Scottish Leaving Certificate Examination, 1960
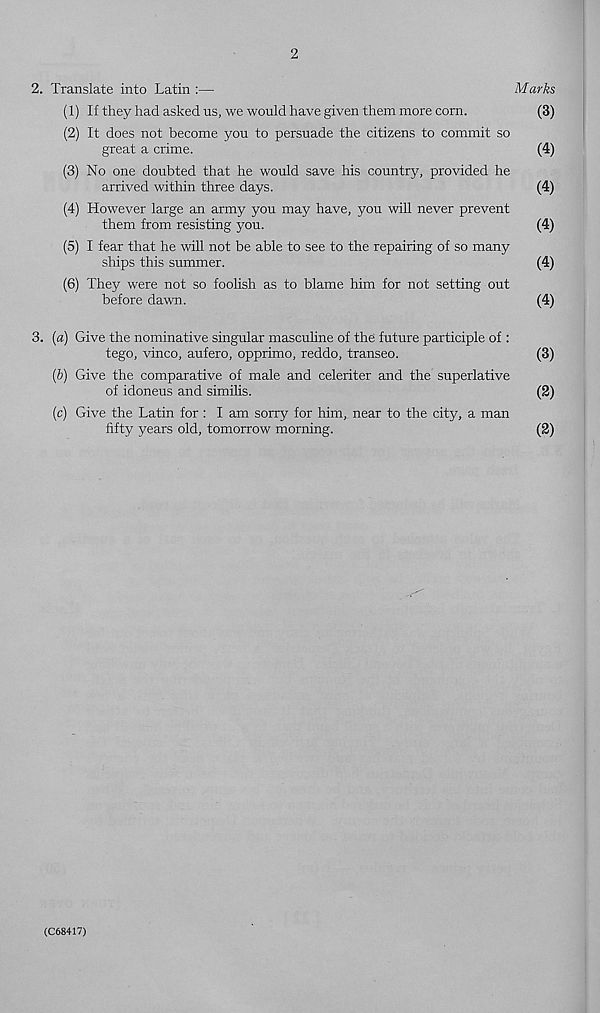
2
2. Translate into Latin :—
Marks
(1) If they had asked ns, we would have given them more corn.
(3)
(2) It does not become you to persuade the citizens to commit so
great a crime.
(4)
(3) No one doubted that he would save his country, provided he
arrived within three days.
(4)
(4) However large an army you may have, you will never prevent
them from resisting you.
(4)
(5) I fear that he will not be able to see to the repairing of so many
ships this summer.
(4)
(6) They were not so foolish as to blame him for not setting out
before dawn.
(4)
3. (a) Give the nominative singular mascuhne of the future participle of :
tego, vinco, aufero, opprimo, reddo, transeo.
(3)
(6) Give the comparative of male and celeriter and the superlative
of idoneus and similis.
(2)
(c) Give the Latin for : I am sorry for him, near to the city, a man
fifty years old, tomorrow morning.
(2)
(C68417)